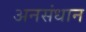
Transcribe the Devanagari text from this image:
अनसंधान